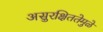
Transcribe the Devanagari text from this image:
असुरक्षिततेमुळे